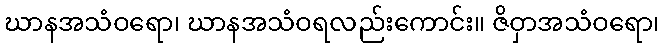
ဃာနအသံဝရော၊ ဃာနအသံဝရလည်းကောင်း။ ဇိဝှာအသံဝရော၊